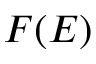
F ( E )